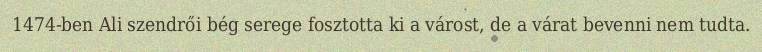
1474-ben Ali szendrői bég serege fosztotta ki a várost, de a várat bevenni nem tudta.